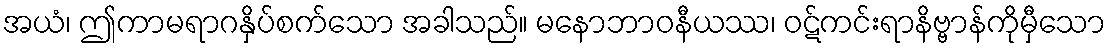
အယံ၊ ဤကာမရာဂနှိပ်စက်သော အခါသည်။ မနောဘာဝနီယဿ၊ ဝဋ်ကင်းရာနိဗ္ဗာန်ကိုမှီသော